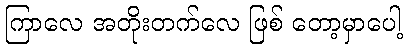
ကြာလေ အတိုးတက်လေ ဖြစ် တော့မှာပေါ့